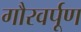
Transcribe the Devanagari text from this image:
गौरवर्पूण